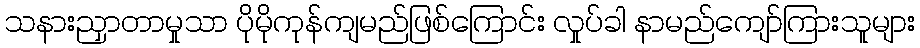
သနားညှာတာမှုသာ ပိုမိုကုန်ကျမည်ဖြစ်ကြောင်း လှုပ်ခါ နာမည်ကျော်ကြားသူများ